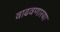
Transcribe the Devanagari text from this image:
वाढवणारया